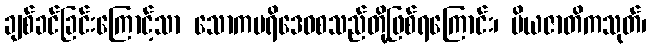
ချစ်ခင်ခြင်းကြောင့်သာ သောကပရိဒေဝစသည်တို့ဖြစ်ရကြောင်း၊ ပိယဇာတိကသုတ်၊